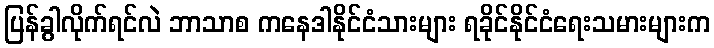
ပြန်ခွါလိုက်ရင်လဲ ဘာသာစ ကနေဒါနိုင်ငံသားများ ရခိုင်နိုင်ငံရေးသမားများက